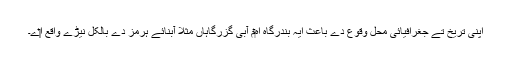
اپنی تریخ تے جغرافیائی محل وقوع دے باعث ایہ بندرگاہ اہ‏م آبی گزرگاہاں مثلاً آبنائے ہرمز دے بالکل نیڑے واقع ا‏‏ے۔